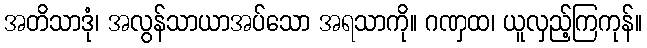
အတိသာဒုံ၊ အလွန်သာယာအပ်သော အရသာကို။ ဂဏှထ၊ ယူလှည့်ကြကုန်။